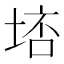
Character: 𡌮